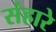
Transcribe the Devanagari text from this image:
संहारे